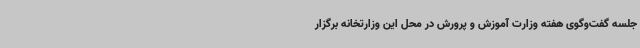
جلسه گفت‌وگوی هفته وزارت آموزش و پرورش در محل این وزارتخانه برگزار